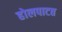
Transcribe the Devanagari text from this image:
होलपाटत